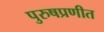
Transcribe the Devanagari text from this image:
पुरुषप्रणीत